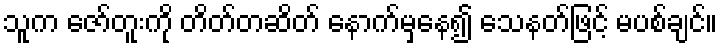
သူက ဇော်တူးကို တိတ်တဆိတ် နောက်မှနေ၍ သေနတ်ဖြင့် မပစ်ချင်။